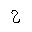
Letter: _gim